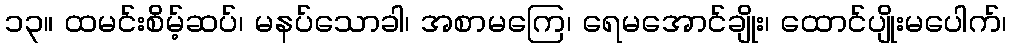
၁၃။ ထမင်းစိမ့်ဆပ်၊ မနပ်သောခါ၊ အစာမကြေ၊ ရေမအောင်ချိုး၊ ထောင်ပျိုးမပေါက်၊